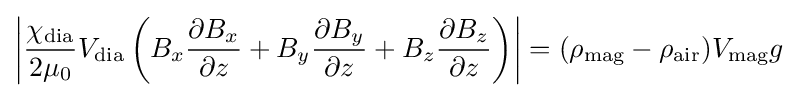
\left|{\frac {\chi _{\text{dia}}}{2\mu _{0}}}V_{\text{dia}}\left(B_{x}{\frac {\partial B_{x}}{\partial z}}+B_{y}{\frac {\partial B_{y}}{\partial z}}+B_{z}{\frac {\partial B_{z}}{\partial z}}\right)\right|=(\rho _{\text{mag}}-\rho _{\text{air}})V_{\text{mag}}g